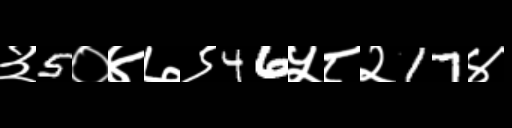
Text: ३5०४७९46५८२17४